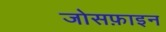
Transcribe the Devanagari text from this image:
जोसफ़ाइन